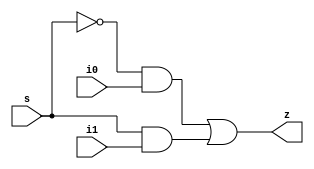
module mux_estructural(
	input i0, i1, s,
	output z
);

	wire nots, w1, w2;

	and U1(w1, nots, i0);
	and U2(w2, s, i1);
	or U3(z,w1,w2);
	not U4(nots, s);

endmodule

module mux_estructural_tb();
	wire z;
	reg i0,i1,s;

	mux_estructural M(i0,i1,s,z);

	initial begin
		$display("time\ti1\ti0\ts\tz");
		$monitor("%4d\t%b\t%b\t%b\t%b",$time,i1,i0,s,z);
		    i1=0; i0=0; s=0;
		#10 i1=0; i0=0; s=1;
		#10 i1=0; i0=1; s=0;
		#10 i1=0; i0=1; s=1;
		#10 i1=1; i0=0; s=0;
		#10 i1=1; i0=0; s=1;
		#10 i1=1; i0=1; s=0;
		#10 i1=1; i0=1; s=1;
	end
endmodule